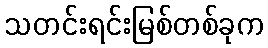
သတင်းရင်းမြစ်တစ်ခုက